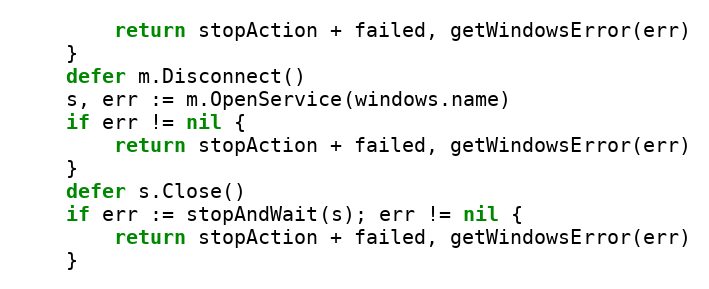
Language: Go
		return stopAction + failed, getWindowsError(err)
	}
	defer m.Disconnect()
	s, err := m.OpenService(windows.name)
	if err != nil {
		return stopAction + failed, getWindowsError(err)
	}
	defer s.Close()
	if err := stopAndWait(s); err != nil {
		return stopAction + failed, getWindowsError(err)
	}